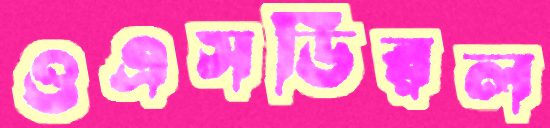
ওএসডিরল